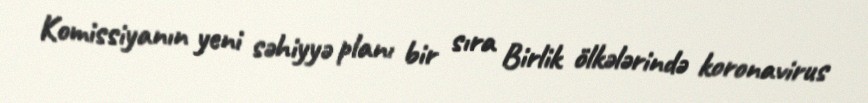
Komissiyanın yeni səhiyyə planı bir sıra Birlik ölkələrində koronavirus